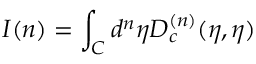
I ( n ) = \int _ { C } { d ^ { n } } { \eta } D _ { c } ^ { ( n ) } ( \eta , { \eta } )